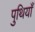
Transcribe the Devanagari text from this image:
पुथियाँ